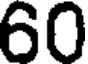
60